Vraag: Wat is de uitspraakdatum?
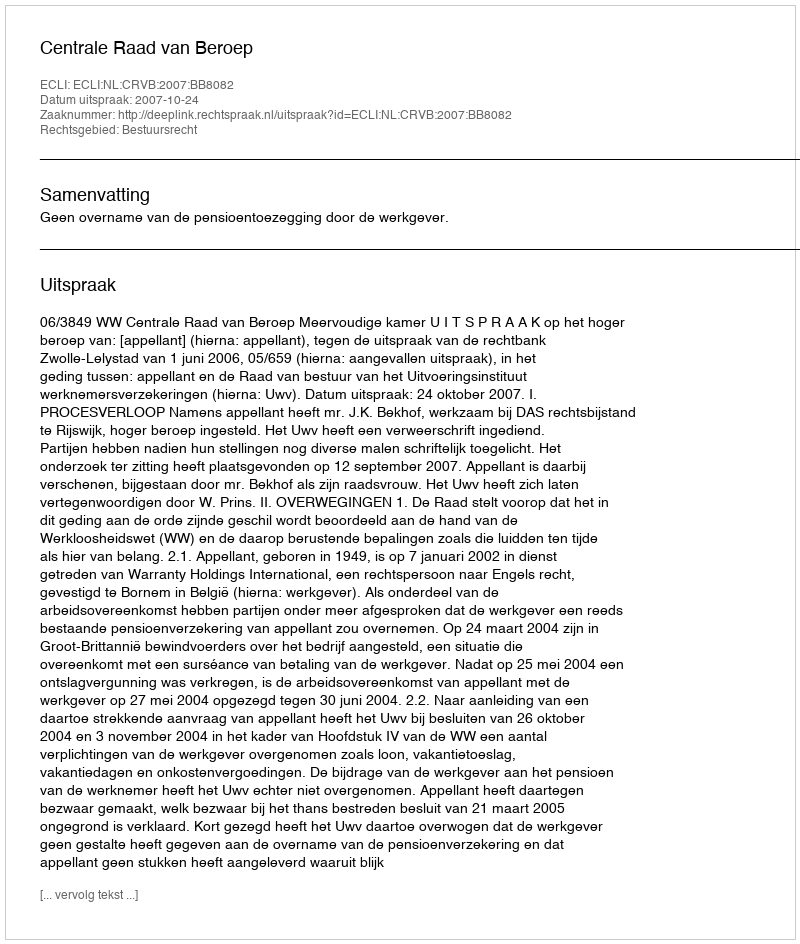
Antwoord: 2007-10-24